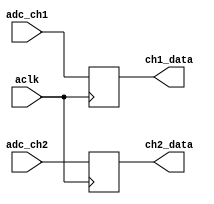
`timescale 1ns / 1ps
//////////////////////////////////////////////////////////////////////////////////
// Company: 
// Engineer: 
// 
// Design Name: 
// Module Name: adc_2ch
// Project Name: 
// Target Devices: 
// Tool Versions: 
// Description: 
// 
// Dependencies: 
// 
// Revision:
// Revision 0.01 - File Created
// Additional Comments:
// 
//////////////////////////////////////////////////////////////////////////////////


module adc_2ch( input aclk,
                input [13:0] adc_ch1,
                input [13:0] adc_ch2,
                output [13:0] ch1_data,
                output [13:0] ch2_data
    );

reg [13:0] adc_ch1_int=0, adc_ch2_int=0;

always @(posedge aclk)
begin
    adc_ch1_int <= adc_ch1;
    adc_ch2_int <= adc_ch2;
end    

assign ch1_data = adc_ch1_int;
assign ch2_data = adc_ch2_int;

endmodule